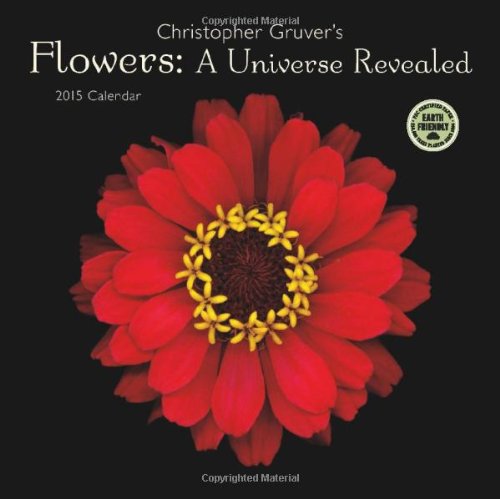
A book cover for Flowers: A Universe Revealed 2015 Wall Calendar; Christopher Gruver; Calendars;